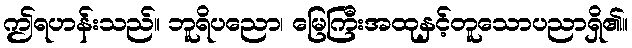
ဤရဟန်းသည်။ ဘူရိပညော၊ မြေကြီးအထုနှင့်တူသောပညာရှိ၏။